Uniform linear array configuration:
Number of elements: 64
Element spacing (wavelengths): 1
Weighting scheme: uniform
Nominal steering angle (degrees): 30
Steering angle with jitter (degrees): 29.798
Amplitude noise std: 0.05
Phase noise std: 0.05

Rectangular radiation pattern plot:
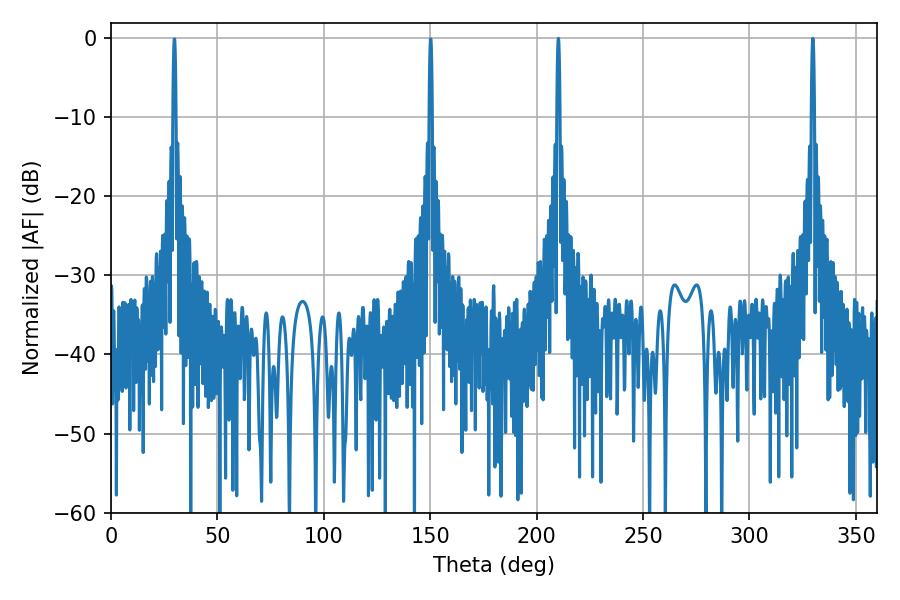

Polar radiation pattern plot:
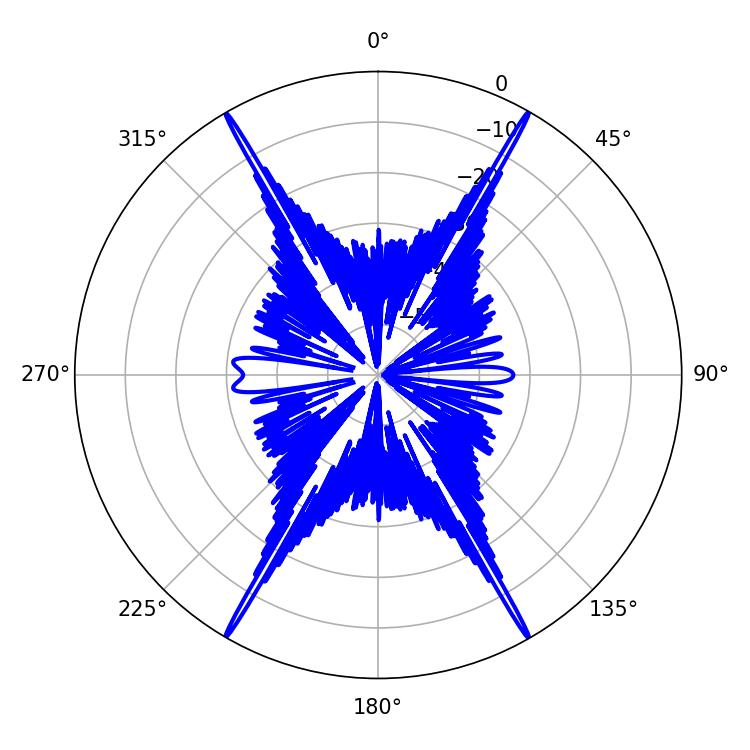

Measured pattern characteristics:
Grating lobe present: TRUE
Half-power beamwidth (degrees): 0.72
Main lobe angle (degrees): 210.24